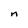
Character: n